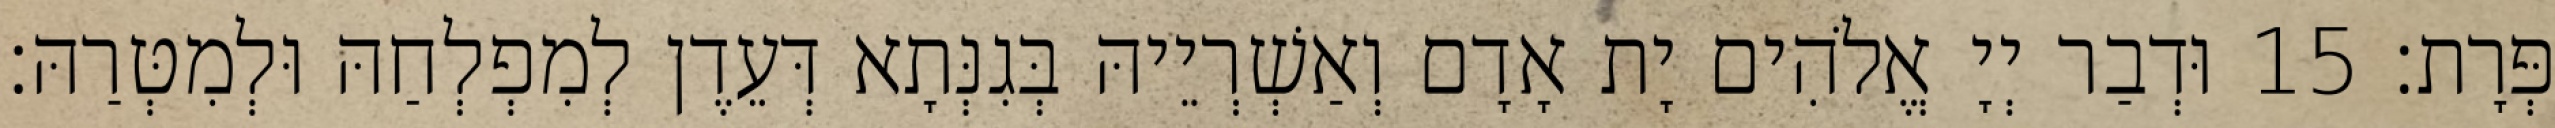
פְּרָת׃ 15 וּדְבַר יְיָ אֱלֹהִים יָת אָדָם וְאַשְׁרְיֵיהּ בְּגִנְּתָא דְּעֵדֶן לְמִפְלְחַהּ וּלְמִטְּרַהּ׃